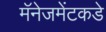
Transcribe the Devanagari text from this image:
मॅनेजमेंटकडे